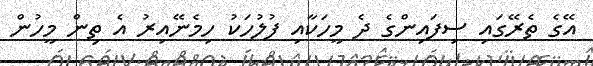
އޭގެ ތެރޭގައި ސިފައިންގެ ދެ މީހަކާއި ފުލުހަކު ހިމެނޭއިރު އެ ތިން މީހުން